Annual administration report of the Bombay Presidency - 1887-1892
Year: 1887
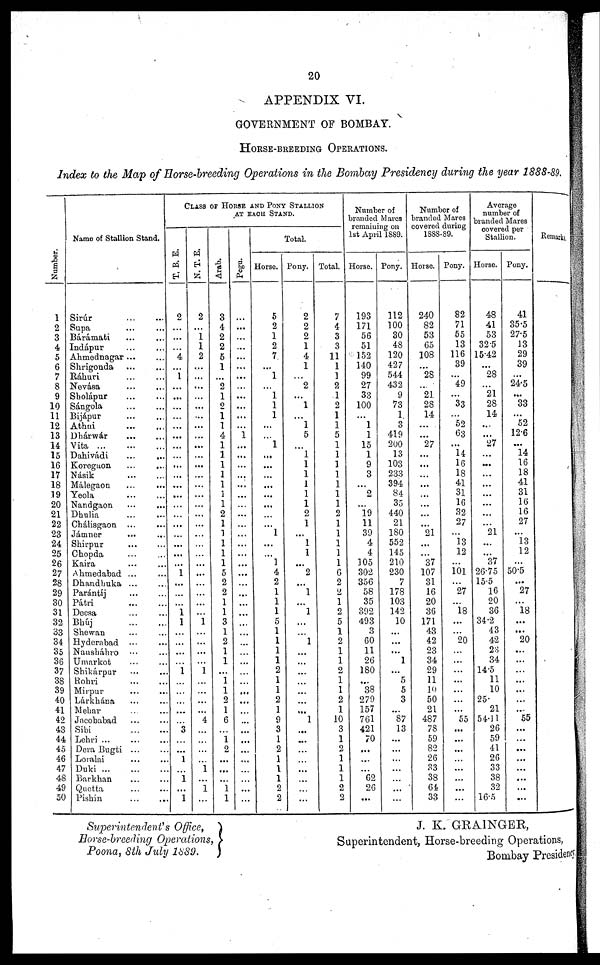
20
APPENDIX VI.
GOVERNMENT OF BOMBAY.
HORSE-BREEDING OPERATIONS.
Index to the Map of Horse-breeding Operations in the Bombay Presidency during the year 1888-89.
Numbe r
.
1
2
3
4
5
6
7
8
9
10
11
12
13
14
15
16
17
18
19
20
21
22
23
24
25
26
27
28
29
30
31
32
33
34
35
36
37
38
39
40
41
42
43
44
45
46
47
48
49
50
Name of Stallion Stand.
Sirúr ... ...
Supa ... ...
Bárámati ... ...
Indápur ... ...
Ahmednagar ... ...
Shrigonda ... ...
Ráhuri ... ...
Nevása ... ...
Sholápur ... ...
Sángola ... ...
Bijápur ... ...
Athni ... ...
Dhárwár ... ...
Vita
...
...
Dahivádi ... ...
Koregaon ... ...
Násik ... ...
Málegaon ... ...
Yeola
...
...
Nandgaon ... ...
Dhulia
...
...
Chálisgaon ... ...
Jámner
... ...
Shirpur ... ...
Chopda ... ...
Kaira ... ...
Ahmedabad ... ...
Dhandhuka ... ...
Parántíj ... ...
Pátri
...
...
Deesa ... ...
Bhúj
...
...
Shewan ... ...
Hyderabad
...
...
Nausháhro ... ...
Umarkot ... ...
Shikárpur ... ...
Rohri
...
...
Mirpur ... ...
Lárkhána ... ...
Mehar .. ...
Jacobabad ... ...
Sibi
...
...
Lehri ... ... ...
Dera Bugti ... ...
Loralai ... ...
Duki
...
...
...
Barkhan ... ...
Quetta ... ...
Pishin ... ...
CLASS OF HORSE AND PONY STALLION
AT EACH STAND.
T. B. E.
2
...
...
...
4
...
1
...
...
...
...
...
...
...
...
...
...
...
...
...
...
...
...
...
...
...
1
...
...
...
1
1
...
...
...
...
1
...
...
...
...
...
3
...
...
1
...
1 ...
1
N. T. E.
2
...
1
1
2
...
...
...
...
...
...
...
...
...
...
...
...
...
...
...
...
...
...
...
...
...
...
...
...
...
...
1
...
...
...
...
1
...
...
...
...
4
...
...
...
...
1
...
1
...
Arab.
3
4
2
2
5
1
...
2
1
2
1
1
4
1
1
1
1
1
1
1
2
1
1
1
1
1
5
2
2
1
1
3
1
2
1
1
...
1
1
2
1
6
...
1 2
...
...
...
1
1
Pegu.
...
...
...
...
...
...
...
...
...
...
...
...
1
...
...
...
...
...
...
...
...
...
...
...
...
...
...
...
...
...
...
...
...
...
...
...
...
...
...
...
...
...
...
...
...
...
...
...
...
...
Total.
Horse.
5
2
1
2
7
...
1
...
1
1
1
...
...
1
...
...
...
...
...
...
...
...
1
...
...
1
4
2
1
1
1
5
1
1
1
1
2
1
1
2
1
9
3
1
2
1
1
1
2
2
Pony.
2
2
2
1
4
1
...
2
...
1
...
1
5
...
1
1
1
1
1
1
2
1
...
1
1
...
2
...
1
...
1
...
...
1
...
...
...
...
...
...
...
1
...
...
...
...
...
...
...
...
Total.
7
4
3
3
11
1
1
2
1
2
1
1
5
1
1
1
1
1
1
1
2
1
1
1
1
1
6
2
2
1
2
5
1
2
1
1
2
1
1
2
1
10
3
1
2
1
1
1
2
2
Number of
branded Mares
remaining on
1st April 1889.
Horse.
193
171
56
51
152
140
99
27
33
100
...
1
1
15
1
9
3
...
2
...
19
11
39
4
4
105
302
356
58
35
392
493
3
60
11
26
180
...
38
279
157
761
421
70
...
...
...
62
26
...
Pony.
112
100
30
48
120
427
544
432
9
73
1
3
419
200
13
103
233
394
84
35
440
21
180
552
145
210
230
7
178
103
142
10
...
...
...
1
...
5
5
3
...
87
13
...
...
...
...
...
...
...
Number of
branded Mares
covered during
1888-89.
Horse.
240
82
53
65
108
...
28
...
21
28
14
...
...
27
...
...
...
...
...
...
...
...
21
...
...
37
107
31
16
20
36
171
43
42
23
34
29
11
10
50
21
487
78
59
82
26
33
38
64
33
Pony.
82
71
55
13
116
39
...
49
...
33
...
52
63
...
14
16
18
41
31
16
32
27
...
13
12
...
101
...
27
...
18
...
...
20
...
...
...
...
...
...
...
55
...
...
...
...
...
...
...
...
Average
number of
branded Mares
covered per
Stallion.
Horse.
48
41
53
32.5
15.42
...
28
...
21
28
14
...
...
27
...
...
...
...
...
...
...
...
21
...
...
37
26.75
15.5
16
20
36
34.2
43
42
23
34
14.5
11
10
25.
21
54.11
26
59
41
26
33
38
32
16.5
Pony.
41
35.5
27.5
13
29
39
...
24.5
...
33
...
52
12.6
...
14
16
18
41
31
16
16
27
...
13
12
...
50.5
...
27
...
18
...
...
20
...
...
...
...
...
...
...
55
...
...
...
...
...
...
...
...
Remarks.
Superintendent's Office,
Horse-breeding Operations,
Poona, 8th July 1889.
J. K. GRAINGER,
Superintendent, Horse-breeding Operations,
Bombay Presidency